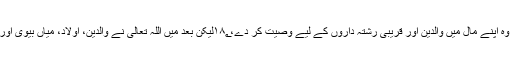
ابتدا میں مرنے والے پر یہ لازم کیا گیا تھا کہ وہ اپنے مال میں والدین اور قریبی رشتہ داروں کے لیے وصیت کر دے،۱۸؂لیکن بعد میں اللہ تعالیٰ نے والدین، اولاد، میاں بیوی اور بہن بھائیوں کے حصے خود مقرر فرما دیے۔